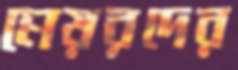
মেয়রদের